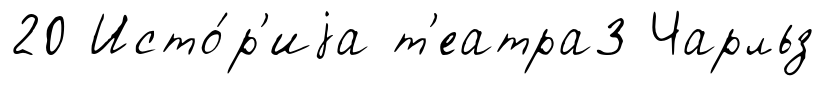
20 Исто́р'иjа т'еатра3 Чарльз